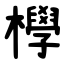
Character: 㰒